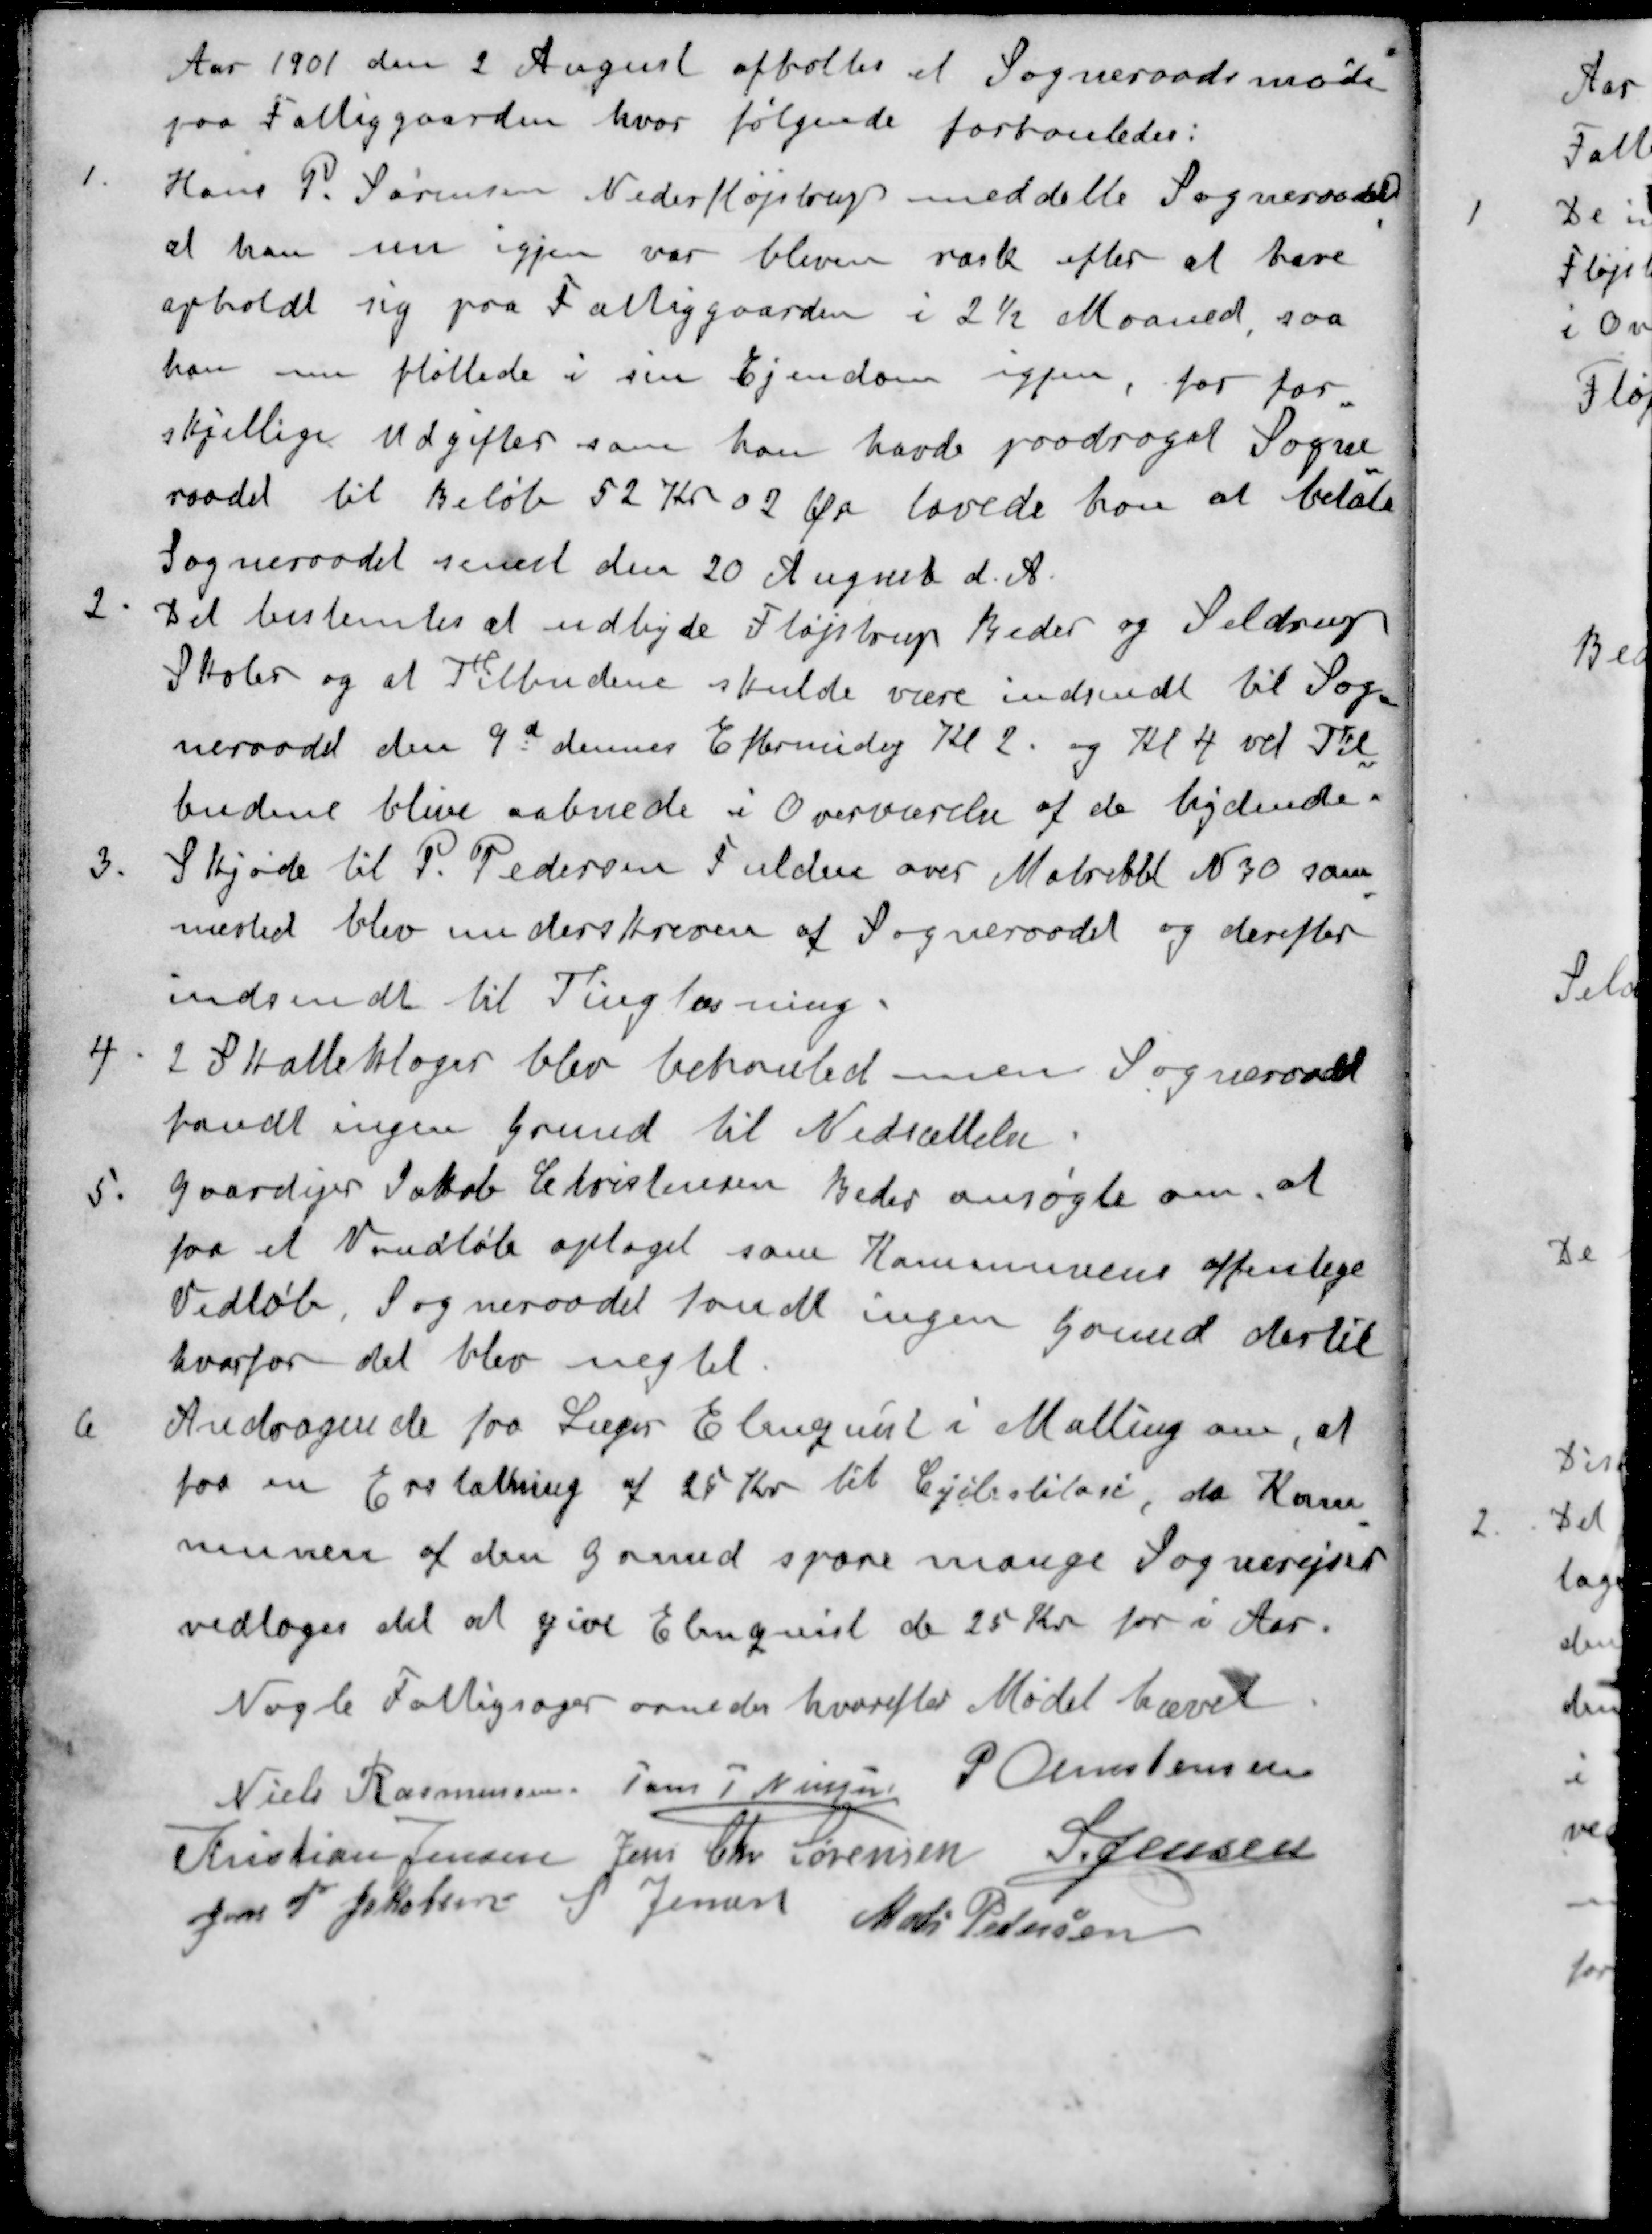
Transskription:
Aar 1901 den 2 August afholtes et Sogneraadsmøde
paa Fattiggaarden, hvor følgende forhanledes:
1. Hans P. Sørensen Nederfløjstrup meddelte Sogneraadet
at han nu igjen var bleven rask efter at have
opholdt sig paa Fattiggaarden i 2½ Maaned, saa
han nu fløttede i sin Ejendom igjen, for for
skjellige Udgifter som han havde paadroget Sogne
raadet til Beløb 52 Kr 02 Øre lovede han at betale
Sogneraadet senest den 20 August d. A.
2. Det bestemtes at udbyde Fløjstrup Beder og Seldrup
Skoler og at Tilbudene skulde være indsendt til Sog-
neraadet den 9d dennes Eftermidag Kl 2. og Kl 4 vil Til
budene blive aabnede i Overværelse af de bydende.
3. Skjøde til P. Pedersen Fulden over Matrikel N 30 sam
mested blev underskreven af Sogneraadet og derefter
indsendt til Tingløsning.
4. 2 Skatteklager blev behanlet men Sogneraadet
fandt ingen Grund til Nedsættelse
5. Gaardejer Jakob Christensen Beder ansøgte om, at
faa et Vandløb optaget som Kommunens offenlige
Vedløb. Sogneraadet fandt ingen Grund dertil
hvorfor det blev negtet
6. Andragende fra Læge Elmquist i Malling om, at
faa en Erstatning af 25 Kr til Cykeltilare, da Kom
munen af den grund spare mange Sognerejser
vedtoges det at give Elmquist de 25 Kr for i Aar.
Nogle Fattigsager ornedes hvorefter Mødet hævet
Niels Rasmussen
Jens P Nielsen
P Christensen
Kristian Jensen
Jens Chr Sørensen
S Jensen
Jens P Jakobsen
S Jensen
Mads Pedersen